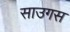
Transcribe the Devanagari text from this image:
साउगस